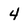
Character: 4